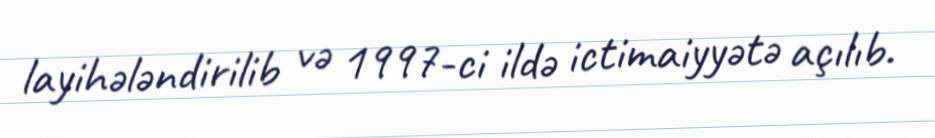
layihələndirilib və 1997-ci ildə ictimaiyyətə açılıb.